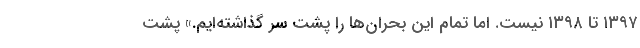
۱۳۹۷ تا ۱۳۹۸ نیست. اما تمام این بحران‌ها را پشت‌ سر گذاشته‌ایم.» پشت